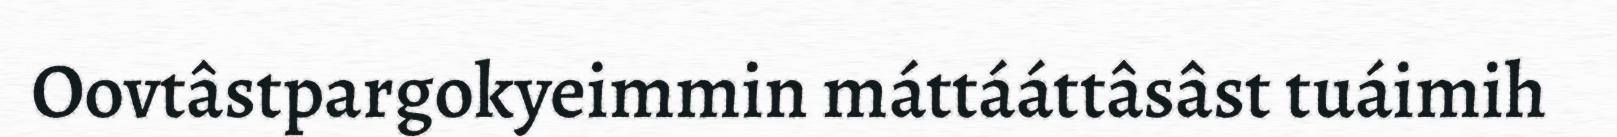
Oovtâstpargokyeimmin máttááttâsâst tuáimih